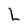
Character: L